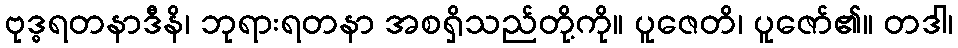
ဗုဒ္ဓရတနာဒီနိ၊ ဘုရားရတနာ အစရှိသည်တို့ကို။ ပူဇေတိ၊ ပူဇော်၏။ တဒါ၊